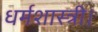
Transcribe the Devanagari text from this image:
धर्मशास्त्री।